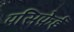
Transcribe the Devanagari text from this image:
पसिफ़ेई